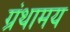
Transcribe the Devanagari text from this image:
ग्रंथामय